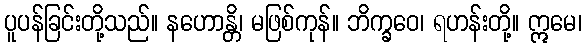
ပူပန်ခြင်းတို့သည်။ နဟောန္တိ၊ မဖြစ်ကုန်။ ဘိက္ခဝေ၊ ရဟန်းတို့။ ဣမေ၊